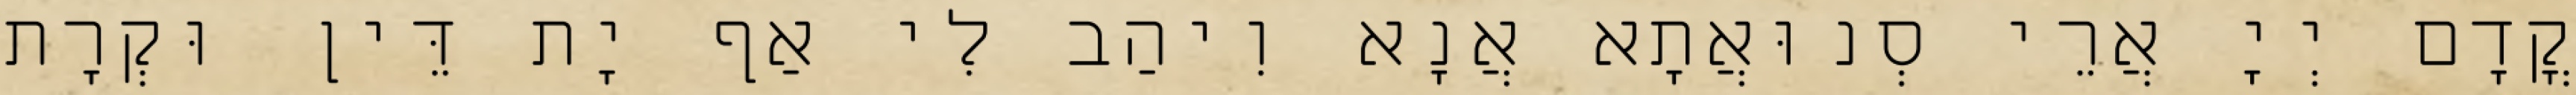
קֳדָם יְיָ אֲרֵי סְנוּאֲתָא אֲנָא וִיהַב לִי אַף יָת דֵּין וּקְרָת